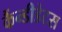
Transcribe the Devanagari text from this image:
कैंन्डीडेटस